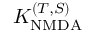
K _ { \mathrm { N M D A } } ^ { ( T , S ) }